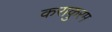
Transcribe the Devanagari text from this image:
कराकुरम